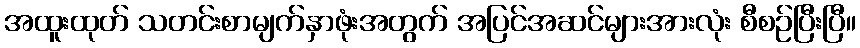
အထူးထုတ် သတင်းစာမျက်နှာဖုံးအတွက် အပြင်အဆင်များအားလုံး စီစဉ်ပြီးပြီ။